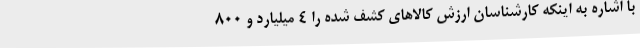
با اشاره به اینکه کارشناسان ارزش کالاهای کشف شده را 4 میلیارد و 800